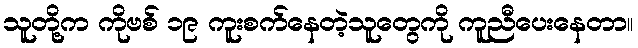
သူတို့က ကိုဗစ် ၁၉ ကူးစက်နေတဲ့သူတွေကို ကူညီပေးနေတာ။